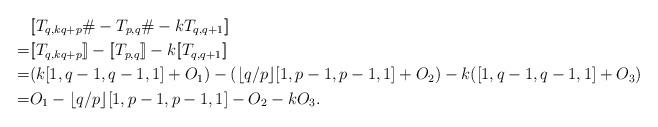
LaTeX: \begin{align*}&[\![T_{q,kq+p}\#-T_{p,q}\#-kT_{q,q+1}]\!]\\=&[\![T_{q,kq+p}]\!]-[\![T_{p,q}]\!]-k[\![T_{q,q+1}]\!]\\=&(k[1,q-1,q-1,1]+O_1)-(\lfloor q/p\rfloor[1,p-1,p-1,1]+O_2)-k([1,q-1,q-1,1]+O_3)\\=&O_1-\lfloor q/p\rfloor[1,p-1,p-1,1]-O_2-kO_3.\end{align*}